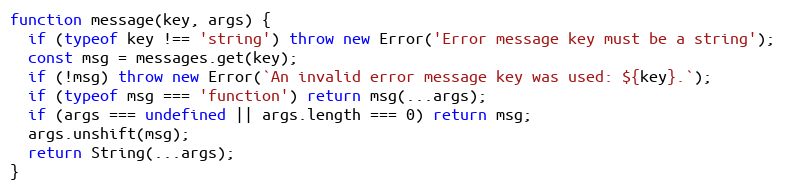
Language: JavaScript
function message(key, args) {
  if (typeof key !== 'string') throw new Error('Error message key must be a string');
  const msg = messages.get(key);
  if (!msg) throw new Error(`An invalid error message key was used: ${key}.`);
  if (typeof msg === 'function') return msg(...args);
  if (args === undefined || args.length === 0) return msg;
  args.unshift(msg);
  return String(...args);
}